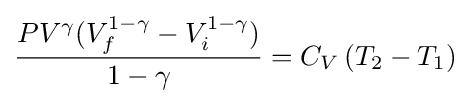
{\frac {PV^{\gamma }(V_{f}^{1-\gamma }-V_{i}^{1-\gamma })}{1-\gamma }}=C_{V}\left(T_{2}-T_{1}\right)